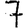
Digit: 7